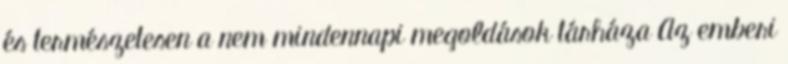
és természetesen a nem mindennapi megoldások tárháza Az emberi